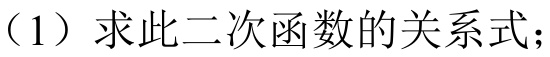
（1）求此二次函数的关系式；